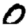
Digit: 0